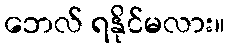
ဘေလ် ရနိုင်မလား။